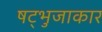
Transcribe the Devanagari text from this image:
षट्भुजाकार